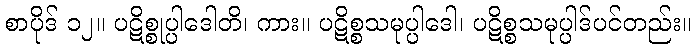
စာပိုဒ် ၁၂။ ပဋိစ္စုပ္ပါဒေါတိ၊ ကား။ ပဋိစ္စသမုပ္ပါဒေါ၊ ပဋိစ္စသမုပ္ပါဒ်ပင်တည်း။